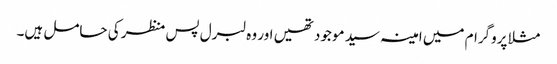
مثلا پروگرام میں امینہ سید موجود تھیں اور وہ لبرل پس منظر کی حامل ہیں۔